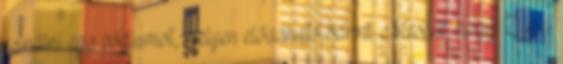
csinálni egy pódiumot, melyen előadható bármi. Mesélik, hogy Zugai